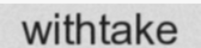
withtake